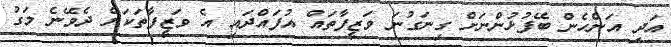
އަދި އަންހެން ބޭފުޅުންނަށް ގިނަގުނަ ވަޒީފާތައް އުފައްދައި އެ ވަޒީފާތަކަށް ދެވޭނެ މަގު